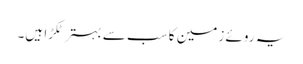
یہ روئے زمین کا سب سے بہتر ٹکڑا ہیں۔